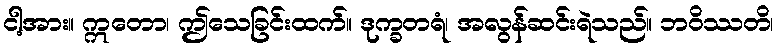
ငါ့အား။ ဣတော၊ ဤသေခြင်းထက်။ ဒုက္ခတရံ၊ အလွန်ဆင်းရဲသည်။ ဘဝိဿတိ၊